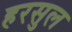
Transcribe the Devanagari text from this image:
हरसुल